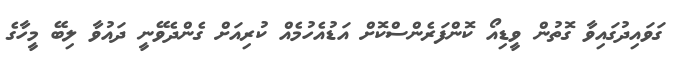
ގަވައިދުގައިވާ ގޮތުން ވީޑިއޯ ކޮންފަރެންސްކޮށް އަޑުއެހުމެއް ކުރިއަށް ގެންދެވޭނީ ދައުވާ ލިބޭ މީހާގެ